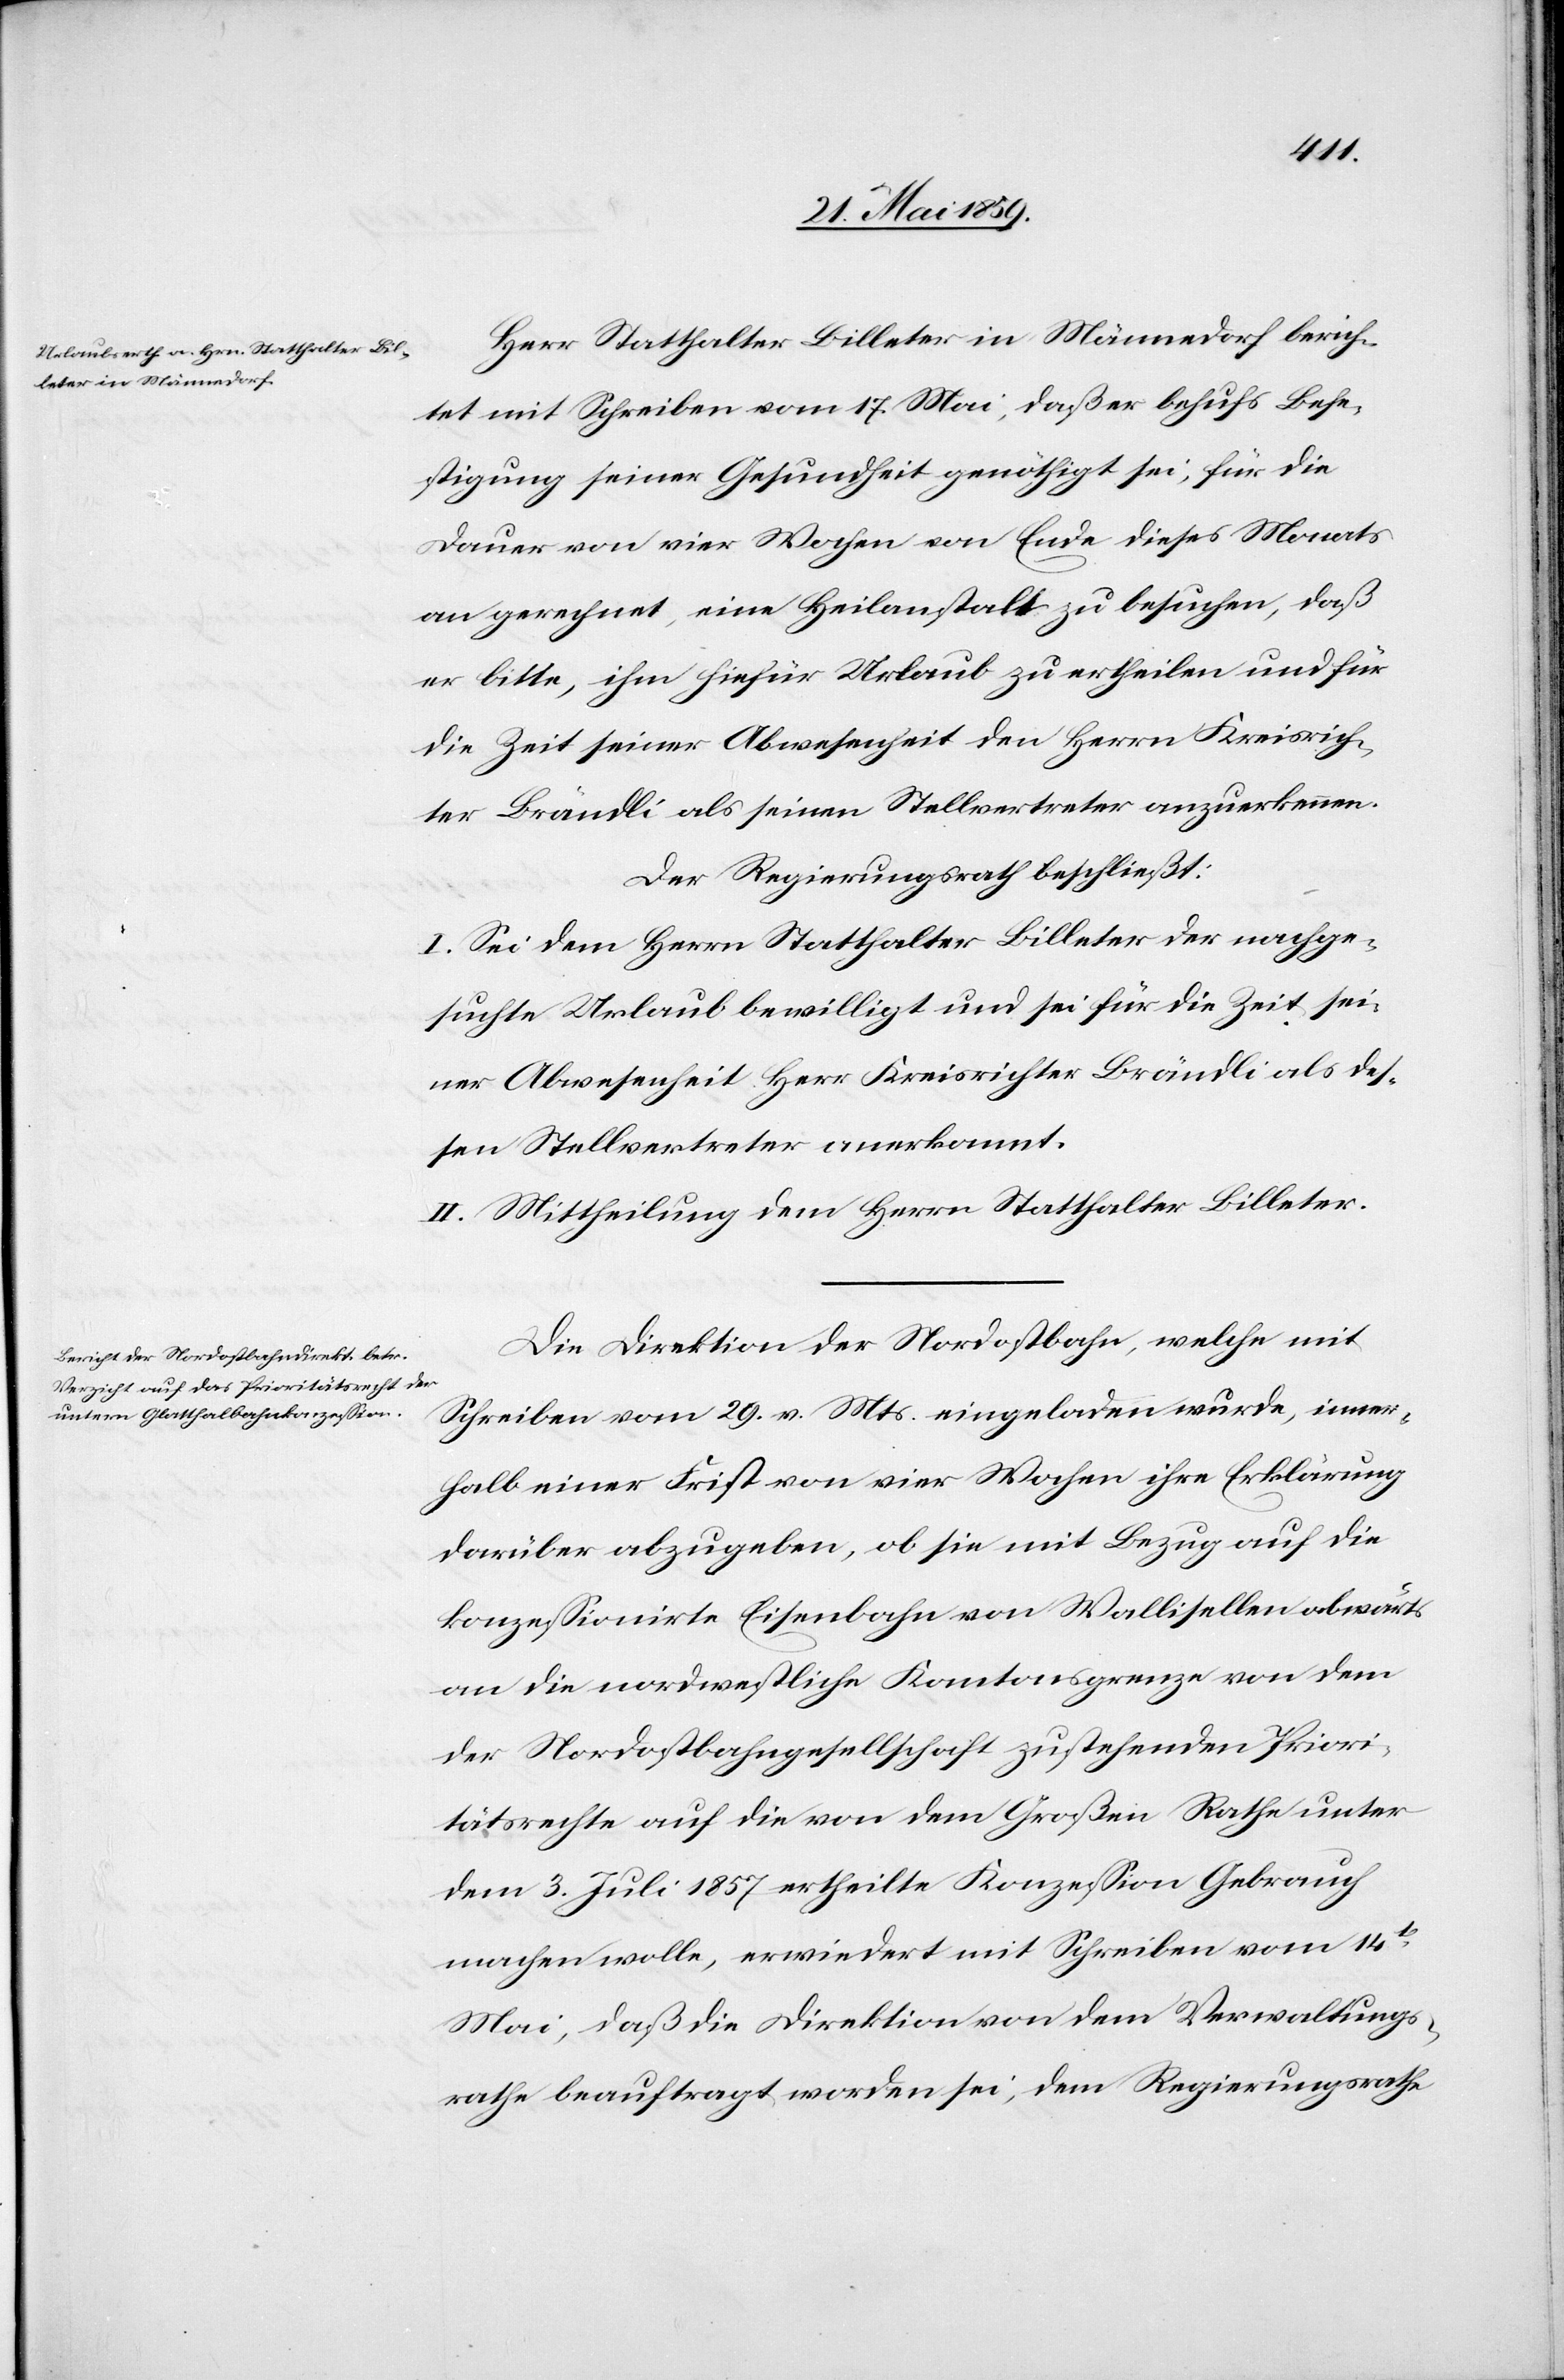
Herr Statthalter Billeter in Männedorf berich¬
tet mit Schreiben vom 17. Mai, daß er behufs Befe¬
stigung seiner Gesundheit genöthigt sei, für die
Dauer von vier Wochen von Ende dieses Monats
an gerechnet, eine Heilanstalt zu besuchen, daß
er bitte, ihm hiefür Urlaub zu ertheilen und für
die Zeit seiner Abwesenheit den Herrn Kreisrich¬
ter Brändli als seinen Stellvertreter anzuerkennen.
Der Regierungsrath beschließt:
I. Sei dem Herrn Statthalter Billeter der nachge¬
suchte Urlaub bewilligt und sei für die Zeit sei¬
ner Abwesenheit Herr Kreisrichter Brändli als des¬
sen Stellvertreter anerkannt.
II. Mittheilung dem Herrn Statthalter Billeter.
Die Direktion der Nordostbahn, welche mit
Schreiben vom 29. v. Mts. eingeladen wurde, inner¬
halb einer Frist von vier Wochen ihre Erklärung
darüber abzugeben, ob sie mit Bezug auf die
konzeßionirte Eisenbahn von Wallisellen abwärts
an die nordwestliche Kantonsgrenze von dem
der Nordostbahngesellschaft zustehenden Priori¬
tätsrechte auf die von dem Großen Rathe unter
dem 3. Juli 1857 ertheilte Konzeßion Gebrauch
machen wolle, erwiedert mit Schreiben vom 14t
Mai, daß die Direktion von dem Verwaltungs¬
rathe beauftragt worden sei, dem Regierungsrathe